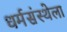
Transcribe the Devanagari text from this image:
धर्मसंस्थेला